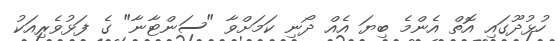
ހުޅުދޫގައި އޮތް އެންމެ ބިޔަ އެއް ދޯނި ކަމަށްވާ "ސަންޓާނާ" ގެ ފަޅުވެރިއަކު